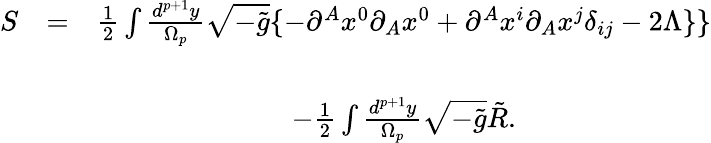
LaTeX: \begin{array}{ccc}{{S}}&{{=}}&{{\frac 12\int\frac{d^{p+1}y}{\Omega_{p}}\sqrt{-\tilde{g}}\{ -\partial^{A}x^{0}\partial_{A}x^{0}+\partial^{A}x^{i}\partial_{A}x^{j}\delta_{ij}-2\Lambda\} \} }}\\ {{}}&{{}}&{{}}\\ {{}}&{{}}&{{-\frac 12\int\frac{d^{p+1}y}{\Omega_{p}}\sqrt{-\tilde{g}}\tilde{R}.}}\end{array}